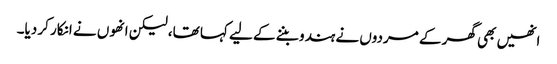
انھیں بھی گھر کے مردوں نے ہندو بننے کے لیے کہا تھا، لیکن انھوں نے انکار کر دیا۔